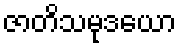
ဇာတိသမုဒယော